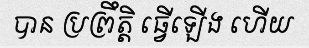
បាន ប្រព្រឹត្តិ ធ្វើឡើង ហើយ